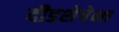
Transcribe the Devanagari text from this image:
दीडशेपेक्षा